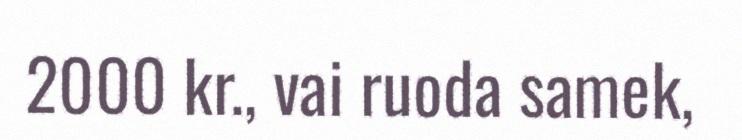
2000 kr., vai ruoda samek,